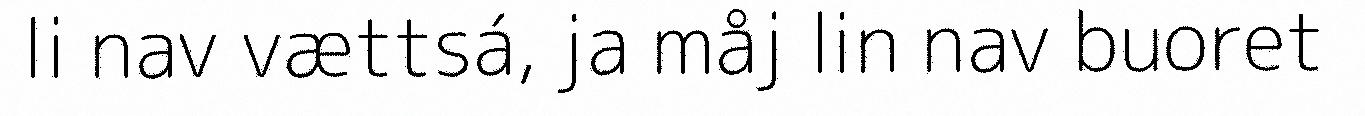
li nav vættsá, ja måj lin nav buoret